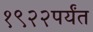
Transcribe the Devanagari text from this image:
१९२२पर्यंत